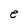
Character: e